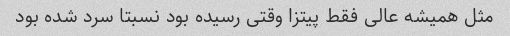
مثل همیشه عالی فقط پیتزا وقتی رسیده بود نسبتا سرد شده بود